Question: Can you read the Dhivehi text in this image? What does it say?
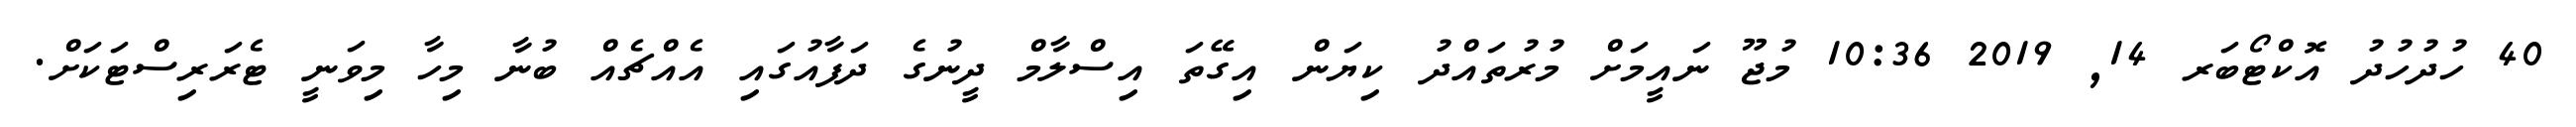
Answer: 40 ހުދުހުދު އޮކްޓޯބަރ 14, 2019 10:36 މުޖޫ ނައީމަށް މުރުތައްދު ކިޔަން އިގޭތަ އިސްލާމް ދީނުގެ ދަފާއުގައި އެއްޗެއް ބުނާ މިހާ މިވަނީ ޓެރަރިސްޓަކަށް.